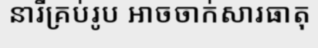
នារីគ្រប់រូប អាចចាក់សារធាតុ